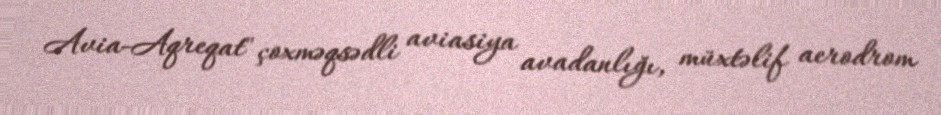
Avia-Aqreqat" çoxməqsədli aviasiya avadanlığı, müxtəlif aerodrom